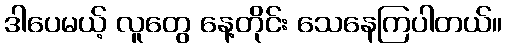
ဒါပေမယ့် လူတွေ နေ့တိုင်း သေနေကြပါတယ်။